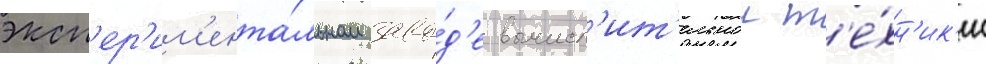
эксп'ер'им'ента́льном заво́д'е вычисл'ит'ельнои т'е́хн'ик'и